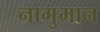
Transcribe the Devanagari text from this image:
नागुमान